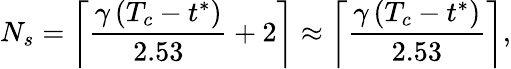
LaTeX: N_{s}=\left\lceil\frac{\gamma\, (T_{c}-t^{*})}{2.53}+2\right\rceil\approx\left\lceil\frac{\gamma\, (T_{c}-t^{*})}{2.53}\right\rceil,